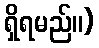
ရှိရမည်။)